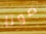
صوتا